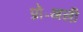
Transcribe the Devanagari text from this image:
प्रो॰अली